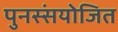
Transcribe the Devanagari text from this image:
पुनस्संयोजित